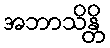
အဘာသိန္တိ